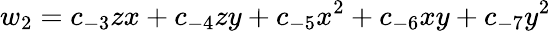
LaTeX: w_{2}=c_{-3}zx+c_{-4}zy+c_{-5}x^{2}+c_{-6}xy+c_{-7}y^{2}